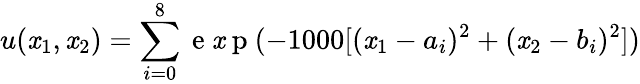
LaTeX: u(\mathit{x}_{1},\mathit{x}_{2})=\sum_{i=0}^{8}\mathrm{{~e~\mathit{x}~p~}}(-1000[(\mathit{x}_{1}-a_{i})^{2}+(\mathit{x}_{2}-b_{i})^{2}])